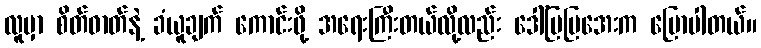
လူမှာ စိတ်ဓာတ်နဲ့ ခံယူချက် ကောင်းဖို့ အရေးကြီးတယ်လို့လည်း ဒေါ်မြမြအေးက ပြောပါတယ်။